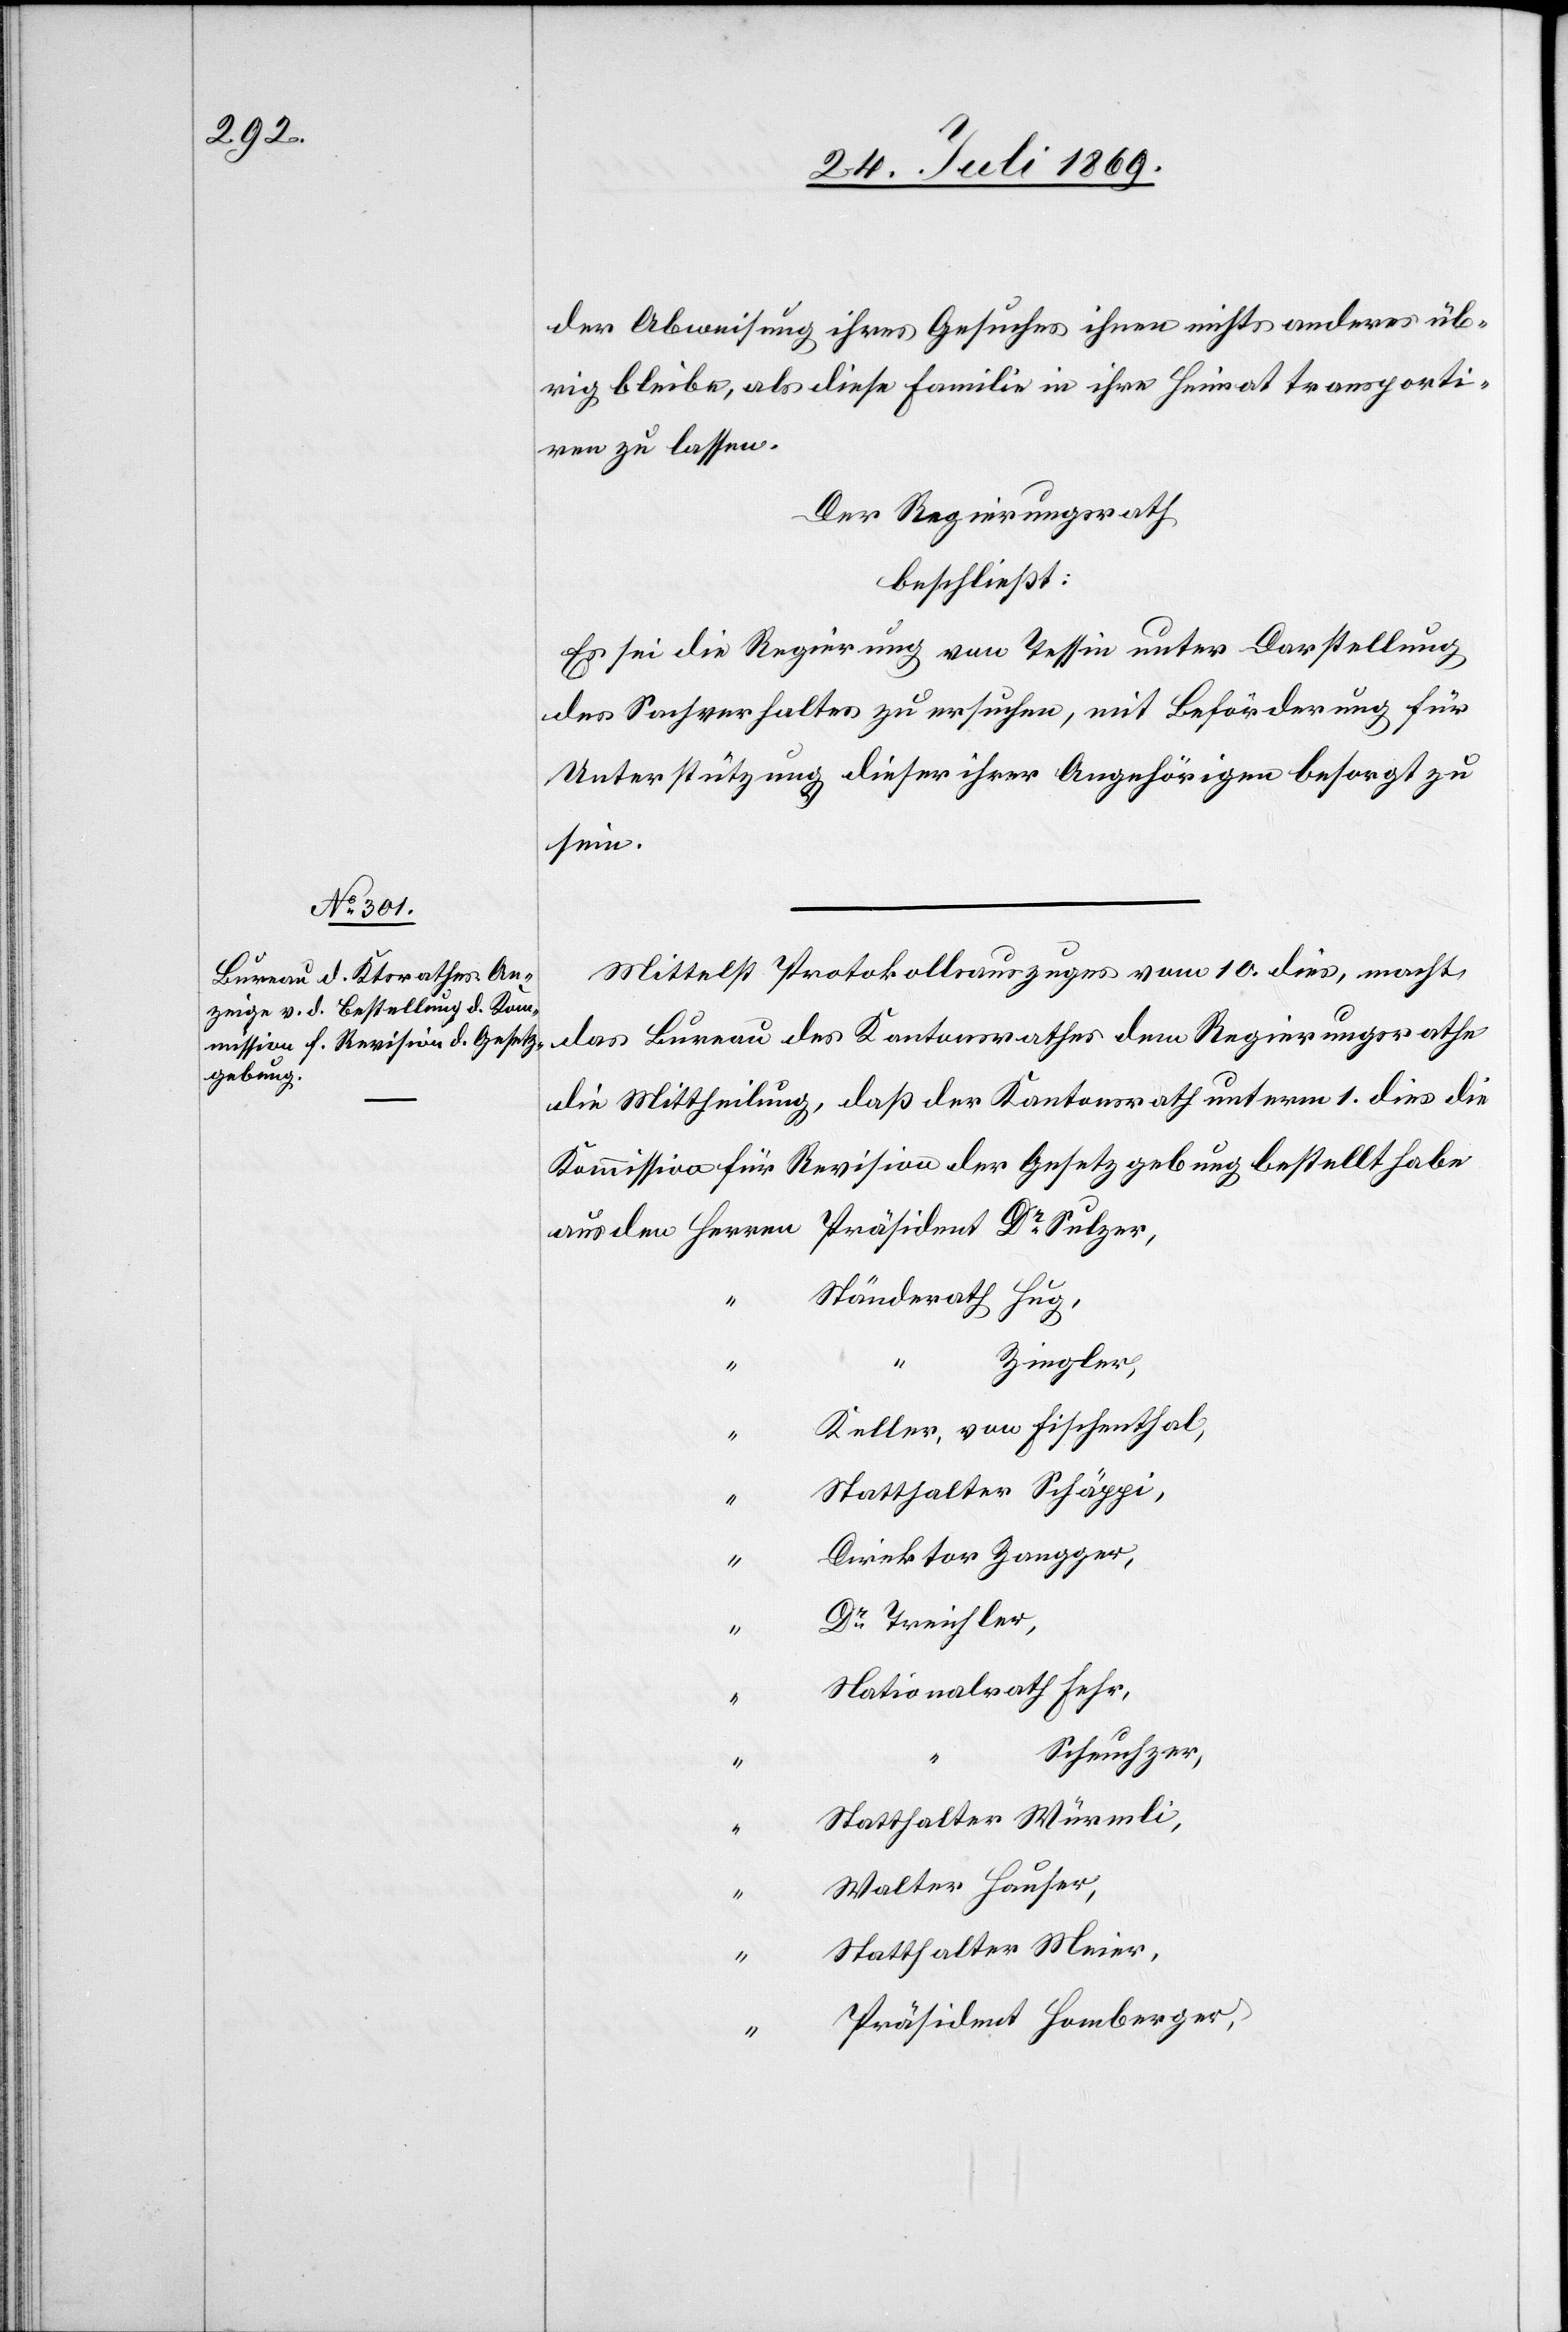
der Abweisung ihres Gesuches ihnen nichts anderes üb¬
rig bleibe, als diese Familie in ihre Heimat transporti¬
ren zu lassen.
Der Regierungsrath
beschließt:
Es sei die Regierung von Tessin unter Darstellung
des Sachverhaltes zu untersuchen, mit Beförderung für
Unterstützung dieser ihrer Angehörigen besorgt zu
sein.
Mittelst Protokollsauszuges vom 10 dies, macht
das Bureau des Kantonsrathes dem Regierungsrathe
die Mittheilung, daß der Kantonsrath unterm 1 dies die
Kommission für Revision der Gesetzgebung bestellt habe
Zangger,
“		Keller, von Fischenthal,
“		Statthalter Schäppi,
“		Nationalrath Fehr,
Scheuchzer,
“		Statthalter Würmli,
“		Walter Hauser,
“		Statthalter Meier,
“		Präsident Homberger,